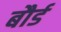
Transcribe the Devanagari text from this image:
बौर्ड